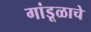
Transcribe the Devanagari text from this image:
गांडूळाचे